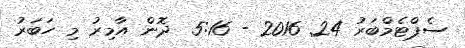
ސެޕްޓެމްބަރު 24